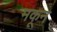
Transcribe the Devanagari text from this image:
मकून